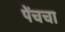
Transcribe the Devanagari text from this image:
पेंचचा